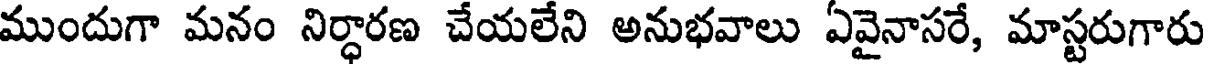
ముందుగా మనం నిర్ధారణ చేయలేని అనుభవాలు ఏవైనాసరే, మాస్టరుగారు